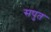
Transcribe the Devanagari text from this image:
सपुत